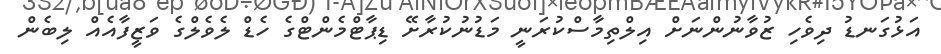
އަޅުގަނޑު ދިވެހި ޒުވާނުންނަށް އިލްތިމާސްކުރަނީ މަޑުނުކުރާށޭ ޑިޕާޓްމެންޓްގެ ހެޑް ލެވެލްގެ ވަޒީފާއެއް ލިބެން